Scottish Leaving Certificate Examination, 1954
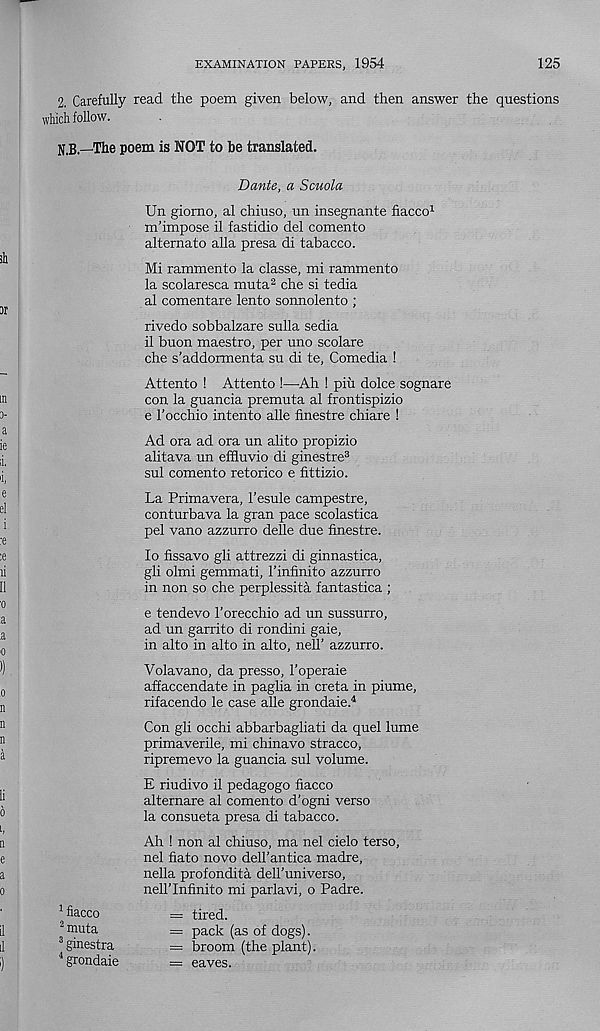
EXAMINATION PAPERS, 1954
125
2. Carefully read the poem given below, and then answer the questions
which follow.
N,B—The poem is NOT to be translated.
Dante, a Scuola
Un giorno, al chiuso, un insegnante fiacco 1
m’impose 11 fastidio del comento
alternate alia presa di tabacco.
Mi rammento la classe, mi rammento
la scolaresca muta 2 che si tedia
al comentare lento sonnolento ;
rivedo sobbalzare sulla sedia
11 buon maestro, per uno scolare
che s’addormenta su di te, Comedia !
Attento ! Attento !—Ah ! pin dolce sognare
con la guancia premuta al frontispizio
e 1’occhio intento alle finestre chiare !
Ad ora ad ora un alito propizio
alitava un effluvio di ginestre 3
sul comento retorico e fittizio.
La Primavera, I’esule campestre,
conturbava la gran pace scolastica
pel vano azzurro delle due finestre.
lo fissavo gli attrezzi di ginnastica,
gli olmi gemmati, I’infinito azzurro
in non so che perplessita fantastica ;
e tendevo 1’orecchio ad un sussurro,
ad un garrito di rondini gaie,
in alto in alto in alto, nell’ azzurro.
Volavano, da presso, 1’operaie
affaccendate in paglia in creta in piume,
rifacendo le case alle grondaie. 4
Con gli occhi abbarbagliati da quel lume
primaverile, mi chinavo stracco,
ripremevo la guancia sul volume.
E riudivo il pedagogo fiacco
alternare al comento d’ogni verso
la consueta presa di tabacco.
Ah ! non al chiuso, ma nel cielo terso,
nel fiato novo dell’antica madre,
nella profondita deU’universo,
nell’Infinito mi parlavi, o Padre.
= tired.
= pack (as of dogs).
= broom (the plant).
— eaves.
1 fiacco
2 muta
3 ginestra
4 grondaie